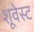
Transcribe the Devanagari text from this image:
शूवेस्ट